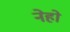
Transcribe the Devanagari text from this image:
नेहो